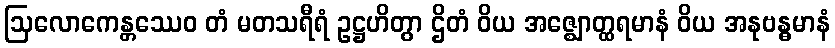
ဩလောကေန္တဿေဝ တံ မတသရီရံ ဥဋ္ဌဟိတွာ ဌိတံ ဝိယ အဇ္ဈောတ္ထရမာနံ ဝိယ အနုဗန္ဓမာနံ